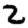
Digit: 2